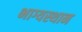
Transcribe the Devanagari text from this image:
भाग्यस्थान